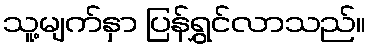
သူ့မျက်နှာ ပြန်ရွှင်လာသည်။